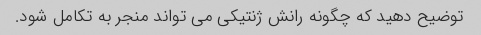
توضیح دهید که چگونه رانش ژنتیکی می تواند منجر به تکامل شود.